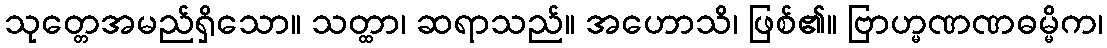
သုတ္တေအမည်ရှိသော။ သတ္ထာ၊ ဆရာသည်။ အဟောသိ၊ ဖြစ်၏။ ဗြာဟ္မဏဏဓမ္မိက၊